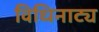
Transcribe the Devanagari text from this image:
विधिनाट्य